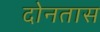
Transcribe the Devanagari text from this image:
दोनतास